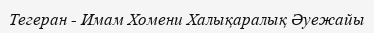
Тегеран - Имам Хомени Халықаралық Әуежайы